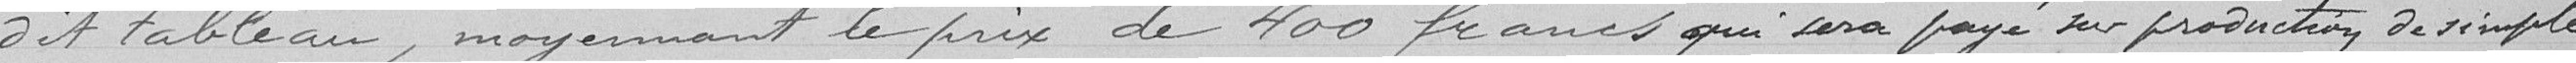
dit tableau, moyennant le prix de 400 francs qui sera payé sur production de simple